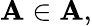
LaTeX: \mathbf{A}\in{\mathcal{{\mathbf{A}}}},